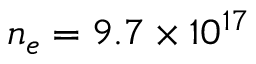
n _ { e } = 9 . 7 \times 1 0 ^ { 1 7 }